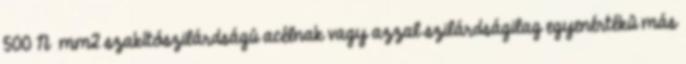
500 N mm2 szakítószilárdságú acélnak vagy azzal szilárdságilag egyenértékû más